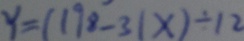
y = ( 1 9 8 - 3 1 x ) \div 1 2